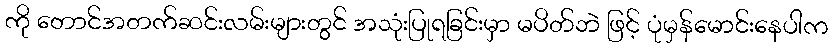
ကို တောင်အတက်ဆင်းလမ်းများတွင် အသုံးပြုရခြင်းမှာ မပိတ်ဘဲ ဖြင့် ပုံမှန်မောင်းနေပါက